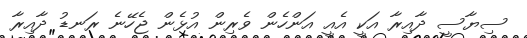
ސިޔާސީ ދާއިރާ އަކީ އެއީ އަންހެން ވެރިން އުޅެން ޖެހޭނެ ރަނޑު ދާއިރާ